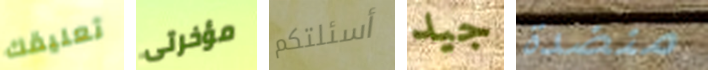
تعليقك مؤخرتى أسئلتكم جيد منضدة